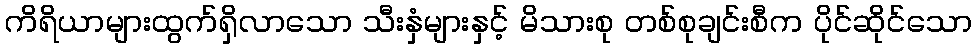
ကိရိယာများထွက်ရှိလာသော သီးနှံများနှင့် မိသားစု တစ်စုချင်းစီက ပိုင်ဆိုင်သော